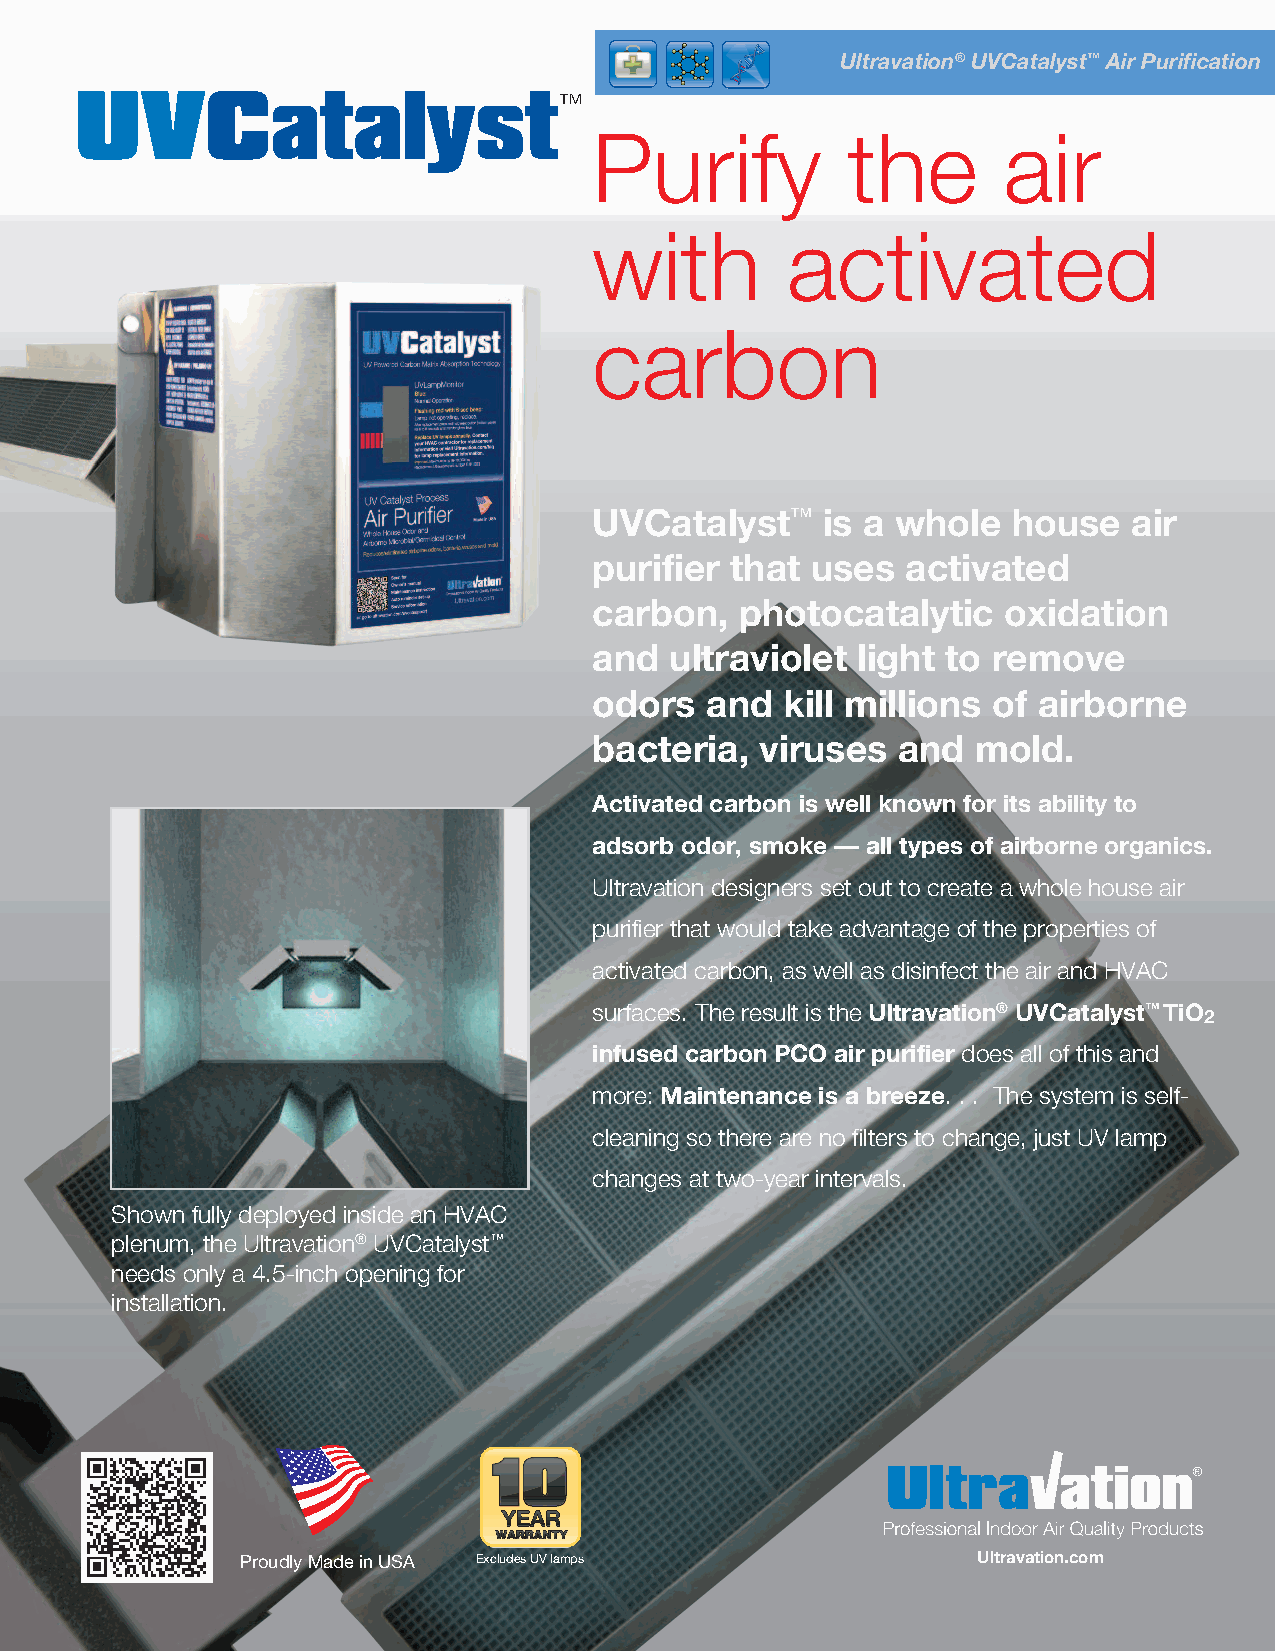
Ultravation®UVCatalyst™Air Purification
 UVCatalyst™
 Purify           the       air
 with         activated
 carbon
 UVCatalyst™    is a whole   house   air
 purifier that  uses  activated
 carbon,   photocatalytic   oxidation
 and  ultraviolet  light to remove
 odors   and  kill millions of airborne
 bacteria,  viruses  and   mold.
 Activated carbon is well known for its ability to
 adsorb odor, smoke — all types of airborne organics.
 Ultravation designers set out to create a whole house air
 purifier that would take advantage of the properties of
 activated carbon, as well as disinfect the air and HVAC
 surfaces. The result is the Ultravation® UVCatalyst™ TiO
 2
 infused carbon PCO air purifier does all of this and
 more: Maintenance is a breeze. . . The system is self-
 cleaning so there are no filters to change, just UV lamp
 changes at two-year intervals.
 Shown fully deployed inside an HVAC
 plenum, the Ultravation® UVCatalyst™
 needs only a 4.5-inch opening for
 installation.
 Proudly Made in USA Excludes UV lamps            Ultravation.com